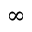
\infty